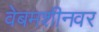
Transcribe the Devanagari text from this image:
वेबमशीनवर